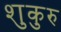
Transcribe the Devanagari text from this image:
शुकुरु